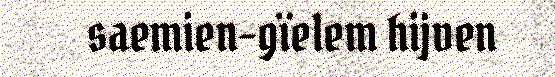
saemien-gïelem hijven